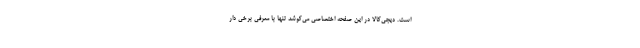
است. دیجی‌کالا در این صفحه اختصاصی می‌کوشد تنها با معرفی برخی دار